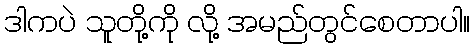
ဒါကပဲ သူတို့ကို လို့ အမည်တွင်စေတာပါ။